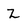
Character: Z